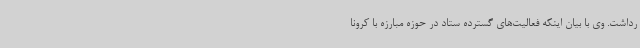
رداشت. وی با بیان اینکه فعالیت‌های گسترده ستاد در حوزه مبارزه با کرونا